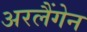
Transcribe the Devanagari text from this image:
अरलैंगेन